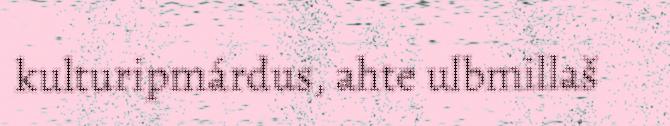
kulturipmárdus, ahte ulbmillaš